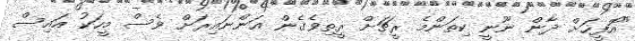
"އޮފީހަށް ދާން ނޫނީ ކިތަންމެ ރީޗަށް ރީތިވެގެން އަންނައިރަށް ވެސް މީހަކު އައިސް